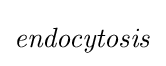
{\it {endocytosis}}